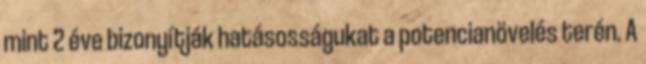
mint 2 éve bizonyítják hatásosságukat a potencianövelés terén. A